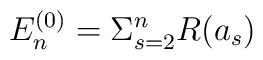
E^{(0)}_n = \Sigma_{s=2}^{n}R(a_s)